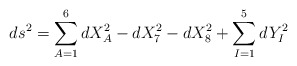
\begin{align*}ds^2=\sum\limits_{A=1}^6 dX_A^2-dX_7^2-dX_8^2+ \sum\limits_{I=1}^5 dY_I^2\end{align*}